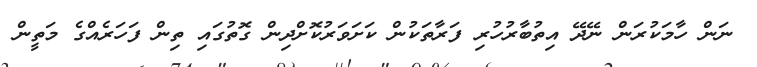
ނަން ހާމަކުރަން ނޭދޭ އިތުބާރުހުރި ފަރާތަކުން ކަށަވަރުކޮށްދިން ގޮތުގައި ތިން ފަހަރެއްގެ މަތީން